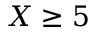
X \ge 5